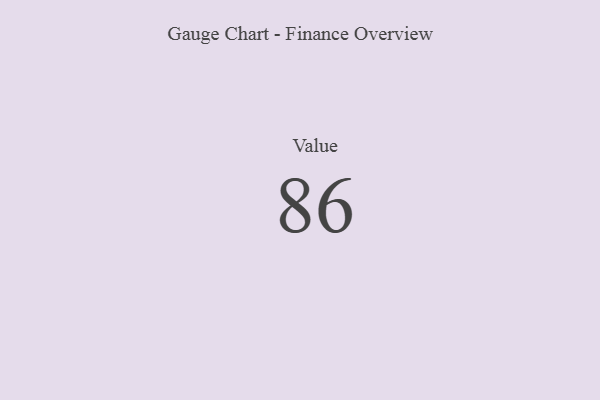
{"axis": {"x": "Metric", "y": "Value"}, "legend": [""], "data": [{"x": "Value", "y": 86, "type": ""}]}